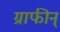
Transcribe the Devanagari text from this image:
ग्राफीन्